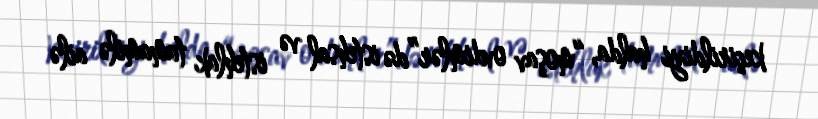
keçirildiyi halda, “moşav ovdimlər”də istehsal və istehlak tamamilə ailə